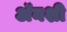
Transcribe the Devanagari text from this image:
अॅनशी